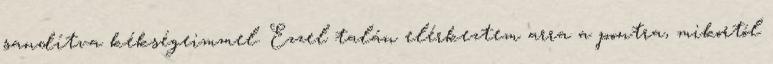
sandítva kékségeimmel. Ezzel talán elérkeztem arra a pontra, mikortól